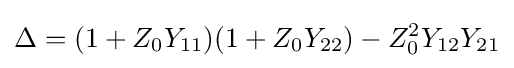
\Delta =(1+Z_{0}Y_{11})(1+Z_{0}Y_{22})-Z_{0}^{2}Y_{12}Y_{21}